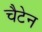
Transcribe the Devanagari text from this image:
चैटेन